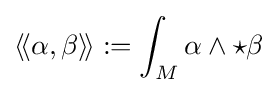
\langle \!\langle \alpha ,\beta \rangle \!\rangle :=\int _{M}\alpha \wedge {\star }\beta